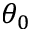
\theta _ { 0 }